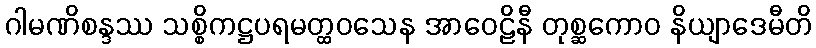
ဂါမဏိစန္ဒဿ သစ္စိကဋ္ဌပရမတ္ထဝသေန အာဝေဠိနီ တုစ္ဆကောဝ နိယျာဒေမီတိ